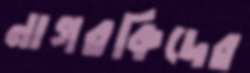
নাগরকিদের